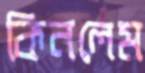
কিনলেম